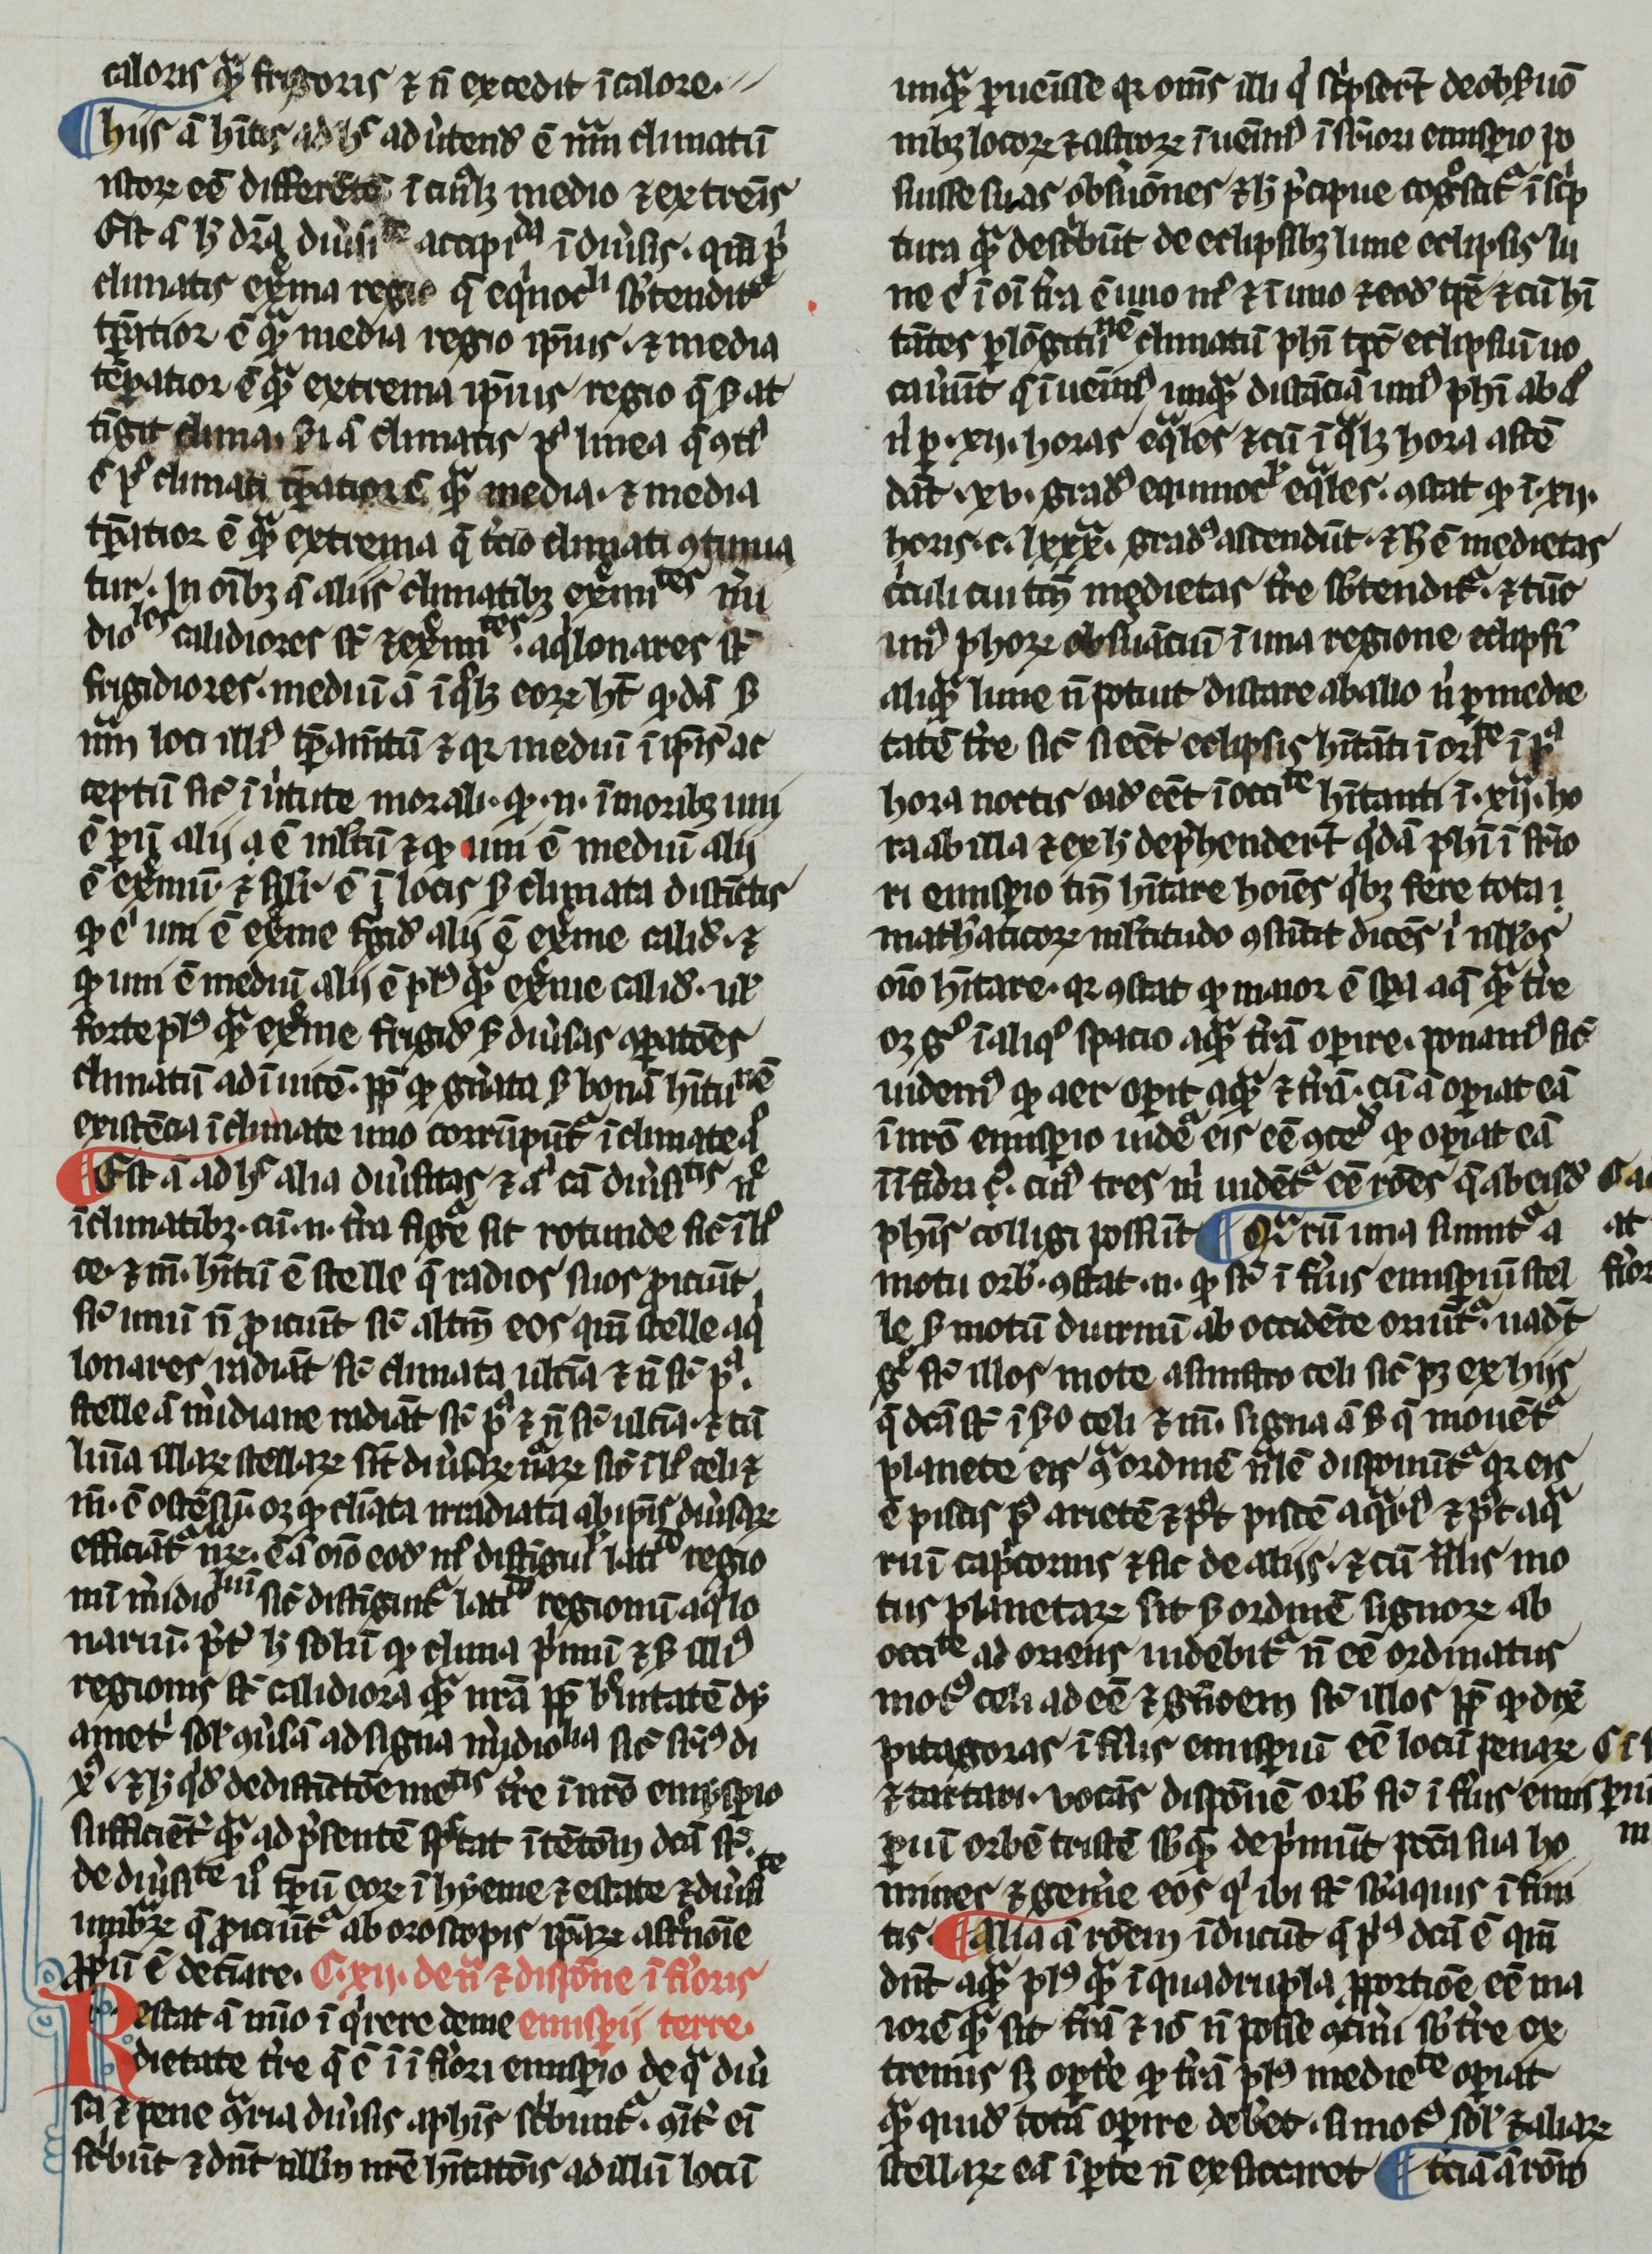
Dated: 1266–1299